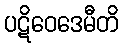
ပဋိဝေဒေမီတိ